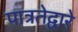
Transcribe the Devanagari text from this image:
पात्रतेद्वारे